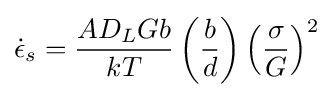
{\dot {\epsilon }}_{s}={\frac {AD_{L}Gb}{kT}}\left({\frac {b}{d}}\right)\left({\frac {\sigma }{G}}\right)^{2}